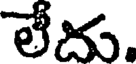
లేదు.